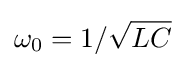
\omega _{0}=1/{\sqrt {LC}}\